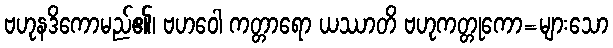
ဗဟုနဒိကောမည်၏၊ ဗဟဝေါ ကတ္တာရော ယဿာတိ ဗဟုကတ္တုကော=များသော